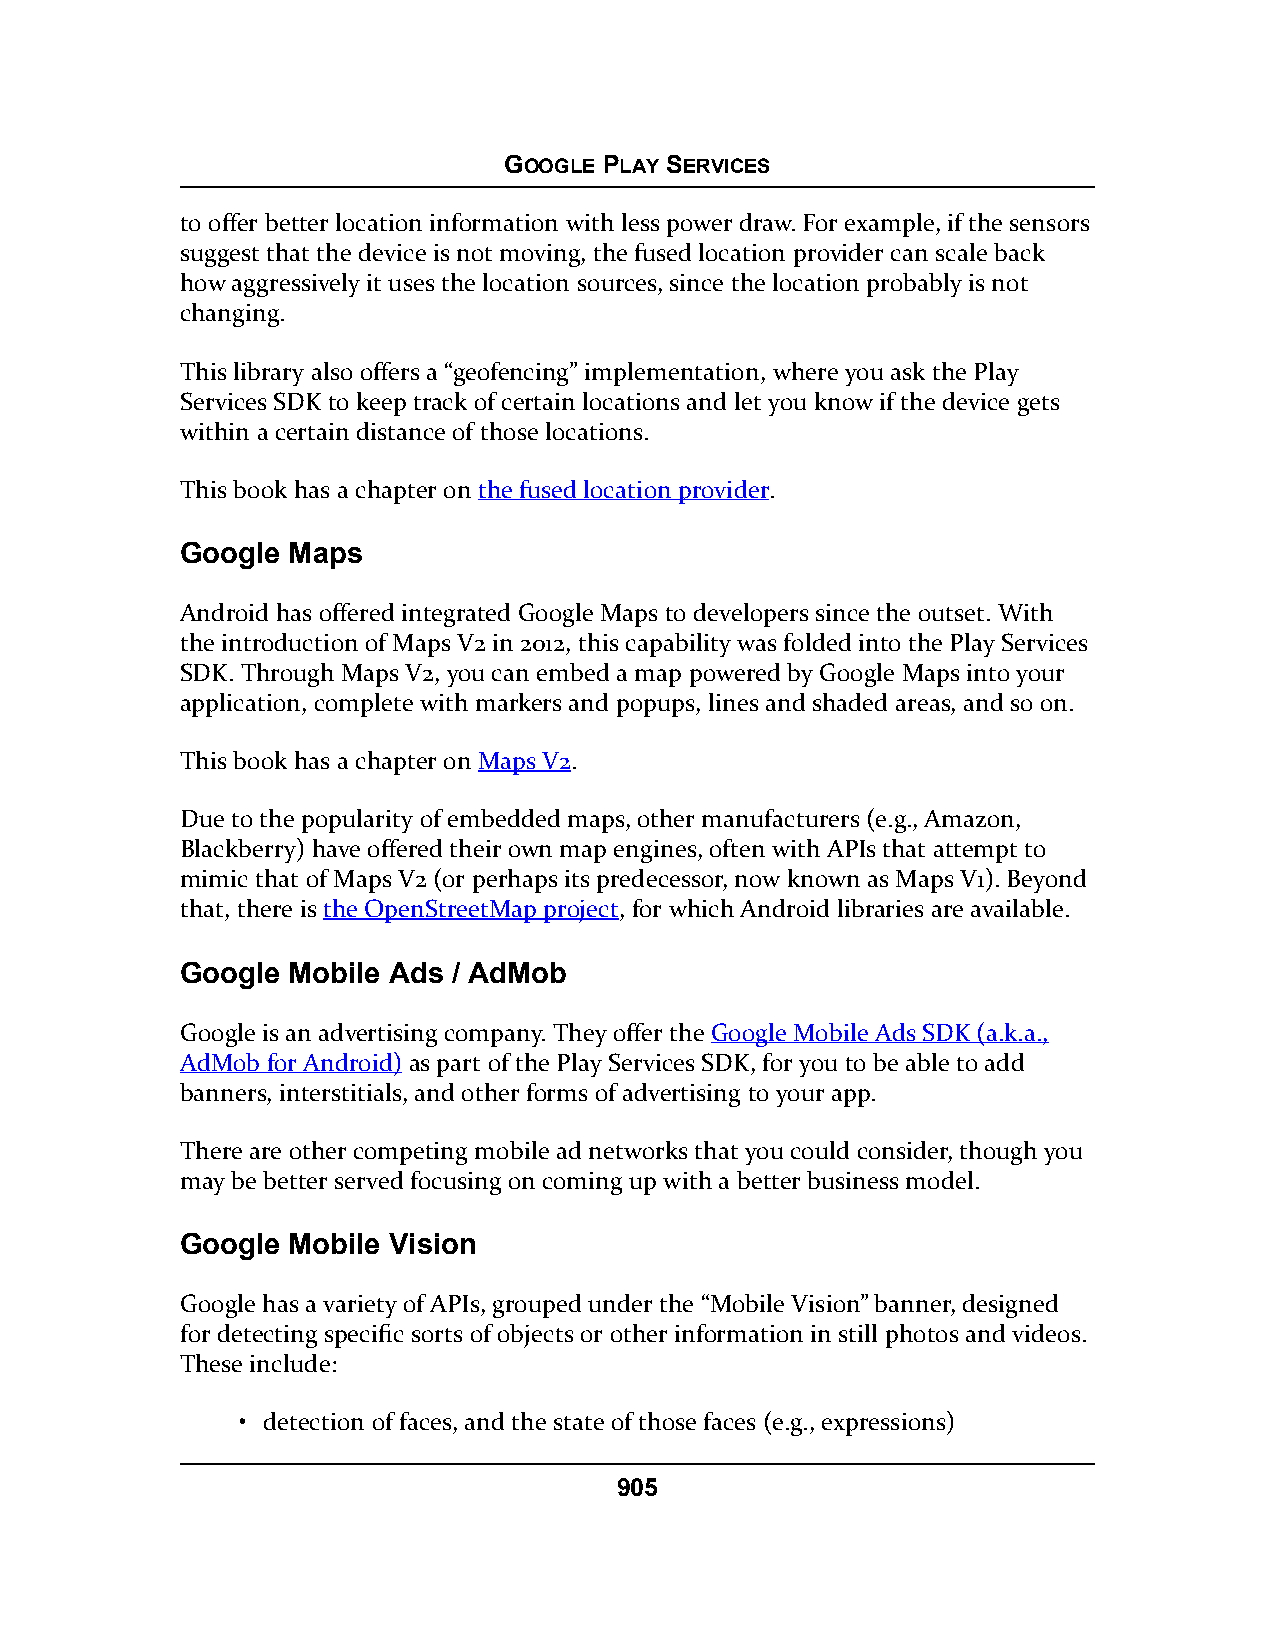
GOOGLE PLAY SERVICES
 to offer better location information with less power draw. For example, if the sensors
 suggest that the device is not moving, the fused location provider can scale back
 how aggressively it uses the location sources, since the location probably is not
 changing.
 This library also offers a “geofencing” implementation, where you ask the Play
 Services SDK to keep track of certain locations and let you know if the device gets
 within a certain distance of those locations.
 This book has a chapter on the fused location provider.
 Google Maps
 Android has offered integrated Google Maps to developers since the outset. With
 the introduction of Maps V2 in 2012, this capability was folded into the Play Services
 SDK. Through Maps V2, you can embed a map powered by Google Maps into your
 application, complete with markers and popups, lines and shaded areas, and so on.
 This book has a chapter on Maps V2.
 Due to the popularity of embedded maps, other manufacturers (e.g., Amazon,
 Blackberry) have offered their own map engines, often with APIs that attempt to
 mimic that of Maps V2 (or perhaps its predecessor, now known as Maps V1). Beyond
 that, there is the OpenStreetMap project, for which Android libraries are available.
 Google Mobile Ads / AdMob
 Google is an advertising company. They offer the Google Mobile Ads SDK (a.k.a.,
 AdMob for Android) as part of the Play Services SDK, for you to be able to add
 banners, interstitials, and other forms of advertising to your app.
 There are other competing mobile ad networks that you could consider, though you
 may be better served focusing on coming up with a better business model.
 Google Mobile Vision
 Google has a variety of APIs, grouped under the “Mobile Vision” banner, designed
 for detecting specific sorts of objects or other information in still photos and videos.
 These include:
 • detection of faces, and the state of those faces (e.g., expressions)
 905